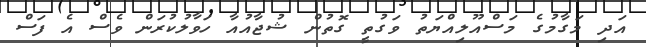
އަދި މަގާމުގެ މަސްއޫލިއްޔަތު ވަގުތީ ގޮތުން ޝުޖާއުއާ ހަވާލުކުރަން ވެސް އެ ފަސް